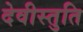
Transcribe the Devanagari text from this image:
देवीस्तुति